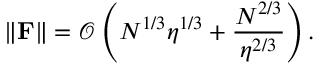
\| \mathbf { F } \| = \mathcal { O } \left( N ^ { 1 / 3 } \eta ^ { 1 / 3 } + \frac { N ^ { 2 / 3 } } { \eta ^ { 2 / 3 } } \right) .